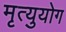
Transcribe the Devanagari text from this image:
मृत्युयोग